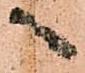
へ